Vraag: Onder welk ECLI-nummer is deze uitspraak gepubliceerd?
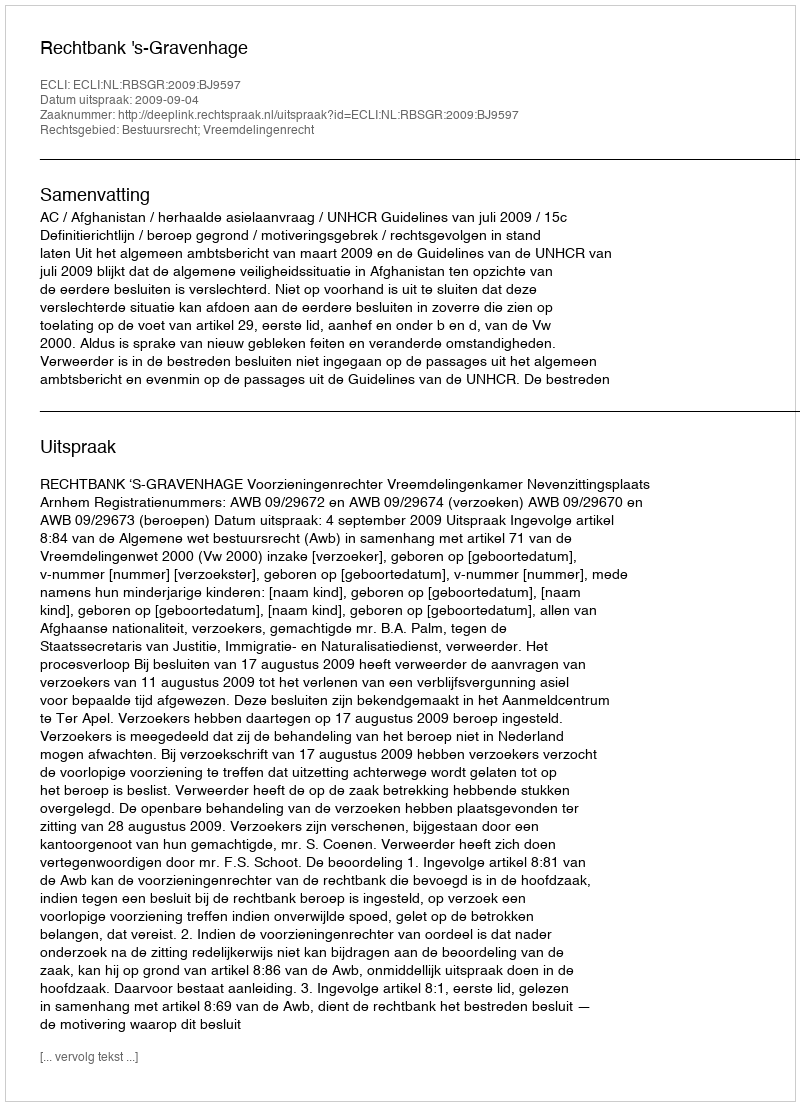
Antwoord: ECLI:NL:RBSGR:2009:BJ9597